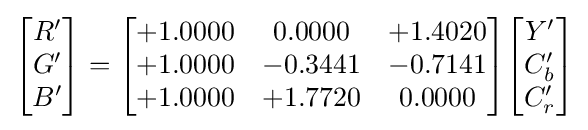
{\begin{bmatrix}R'\\G'\\B'\end{bmatrix}}={\begin{bmatrix}+1.0000&0.0000&+1.4020\\+1.0000&-0.3441&-0.7141\\+1.0000&+1.7720&0.0000\end{bmatrix}}{\begin{bmatrix}Y'\\C_{b}'\\C_{r}'\end{bmatrix}}